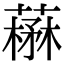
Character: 𦼪